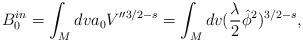
LaTeX: \begin{align*}B_{0}^{in}=\int_{M}dva_{0}V''^{3/2-s}=\int_{M}dv(\frac{\lambda}{2}\hat{\phi}^{2})^{3/2-s},\end{align*}